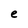
Character: e